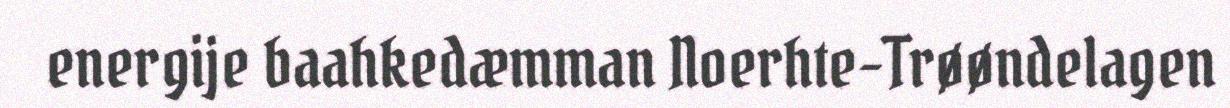
energije baahkedæmman Noerhte-Trøøndelagen